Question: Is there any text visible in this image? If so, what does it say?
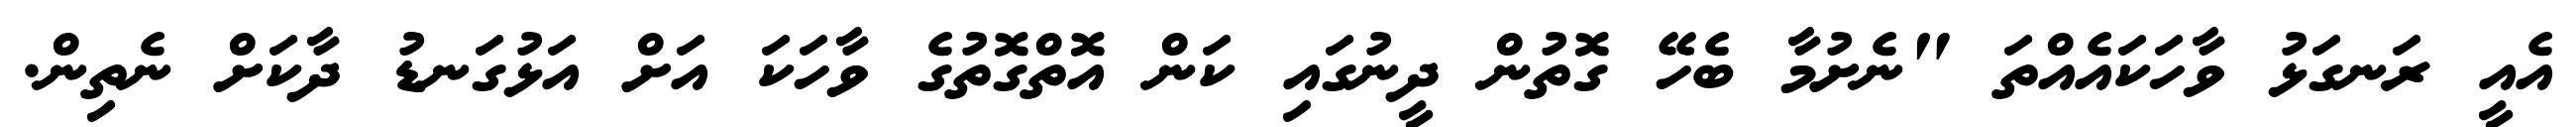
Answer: އެއީ ރަނގަޅު ވާހަކައެއްތަ "ނެށުމާ ބެހޭ ގޮތުން ދީނުގައި ކަން އޮތްގޮތުގެ ވާހަކަ އަށް އަޅުގަނޑު ދާކަށް ނެތިން.